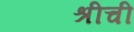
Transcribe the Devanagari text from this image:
श्रीची